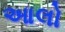
આલો